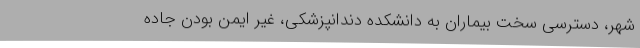
شهر، دسترسی سخت بیماران به دانشکده دندانپزشکی، غیر ایمن بودن جاده